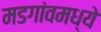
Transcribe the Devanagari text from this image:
मडगांवमध्ये